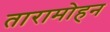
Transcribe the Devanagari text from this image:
तारामोहन